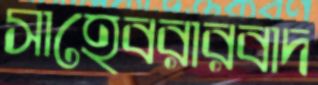
সাহেবরারবাদ